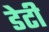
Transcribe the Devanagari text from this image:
डेटी